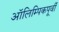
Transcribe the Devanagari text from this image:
ऑलिम्पिकपूर्वी